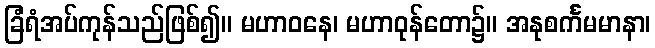
ခြံရံအပ်ကုန်သည်ဖြစ်၍။ မဟာဝနေ၊ မဟာဝုန်တော၌။ အနုစင်္ကမမာနာ၊